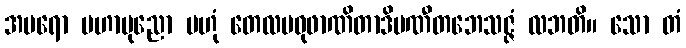
အပရော မဟာပုညော ဗဟုံ တေလမဓုဖာဏိတာဒိပဏီတဘေသဇ္ဇံ လဘတိ။ သော တံ